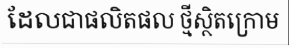
ដែលជាផលិតផល ថ្មីស្ថិតក្រោម